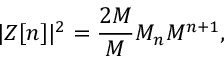
| Z [ n ] | ^ { 2 } = \frac { { 2 \cal { M } } } { M } { \cal M } _ { n } M ^ { n + 1 } ,